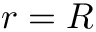
r = R